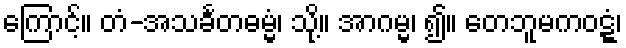
ကြောင့်။ တံ-အသင်္ခတဓမ္မံ၊ သို့။ အာဂမ္မ၊ ၍။ တေဘူမကဝဋ္ဋံ၊